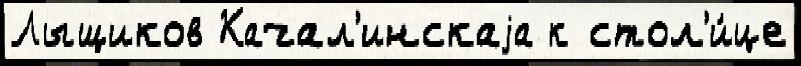
Лыщиков Качал'инскаjа к стол'и́це